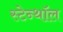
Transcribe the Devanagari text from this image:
स्टेन्थॉल